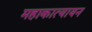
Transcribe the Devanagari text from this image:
महाकात्यायन